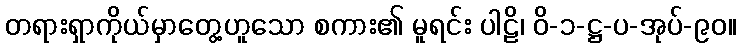
တရားရှာကိုယ်မှာတွေ့ဟူသော စကား၏ မူရင်း ပါဠိ၊ ဝိ-၁-ဋ္ဌ-ပ-အုပ်-၉၀။